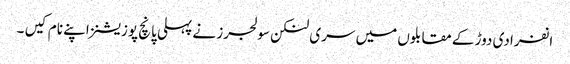
انفرادی دوڑ کے مقابلوں میں سری لنکن سولجرز نے پہلی پانچ پوزیشنز اپنے نام کیں ۔